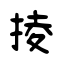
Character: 掕